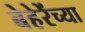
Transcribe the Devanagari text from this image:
बेहेरेंच्या